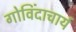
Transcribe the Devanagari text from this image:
गोविंदाचार्य